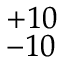
^ { + 1 0 } _ { - 1 0 }